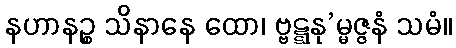
နဟာနဉ္စ သိနာနေ ထော၊ ဗ္ဗဋ္ဋနု’မ္မဇ္ဇနံ သမံ။